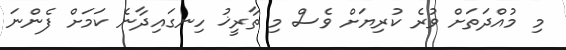
މި މުއްދަތަށް ވުރެ ކުރިޔަށް ވެސް މި ތާރީޚު ހިނގައިދާނެ ކަމަށް ފެންނަ